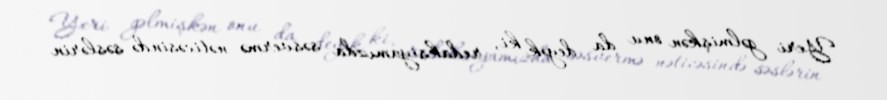
Yeri gəlmişkən onu da deyək ki, redaksiyamızda səsvermə nəticəsində səslərin